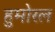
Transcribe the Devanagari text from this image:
हुमोरल